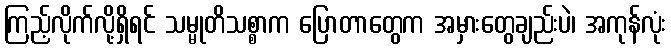
ကြည့်လိုက်လို့ရှိရင် သမ္မုတိသစ္စာက ပြောတာတွေက အမှားတွေချည်းပဲ၊ အကုန်လုံး